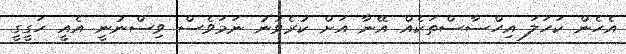
އެހެން ކަހަލަ އިހްސާސްތަކެއް އޭނާ އަށް ކުރެވުނު ނަމަވެސް ވިސްނުނީ އެއީ ހަގީގީ